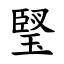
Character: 㻨